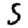
Digit: 5